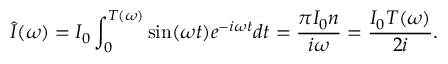
\widehat { I } ( \omega ) = I _ { 0 } \int _ { 0 } ^ { T ( \omega ) } \sin ( \omega t ) e ^ { - i \omega t } d t = \frac { \pi I _ { 0 } n } { i \omega } = \frac { I _ { 0 } T ( \omega ) } { 2 i } .